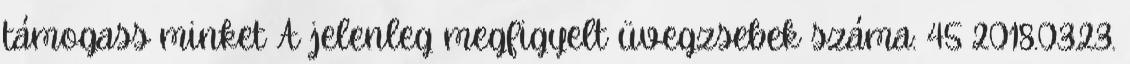
támogass minket A jelenleg megfigyelt üvegzsebek száma: 45 2018.03.23.